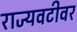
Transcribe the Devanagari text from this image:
राज्यवटीवर